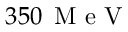
3 5 0 \, \mathrm { ~ M ~ e ~ V ~ }